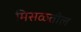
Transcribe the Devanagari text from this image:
मिसळतील